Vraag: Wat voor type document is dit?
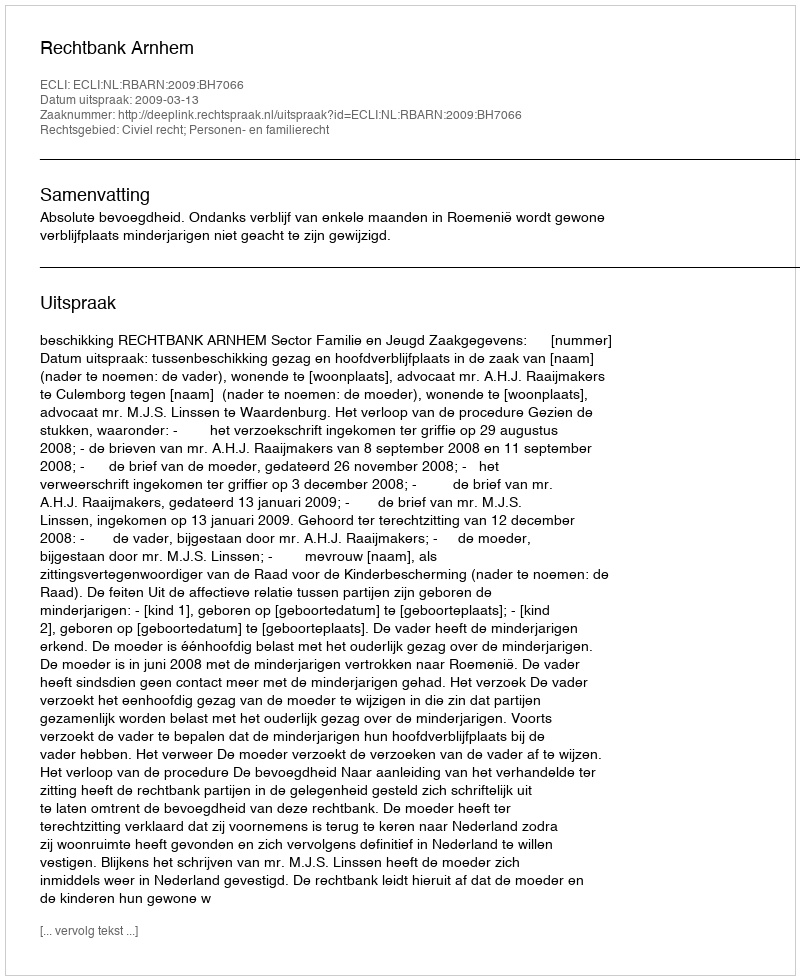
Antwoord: Uitspraak